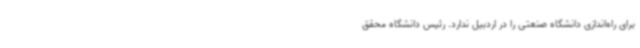
برای راه‌اندازی دانشگاه صنعتی را در اردبیل ندارد. رئیس دانشگاه محقق